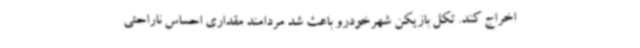
اخراج کند. تکل بازیکن شهرخودرو باعث شد مردامند مقداری احساس ناراحتی